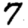
Digit: 7